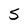
Character: S